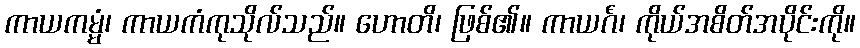
ကာယကမ္မံ၊ ကာယကံကုသိုလ်သည်။ ဟောတိ၊ ဖြစ်၏။ ကာယင်္ဂံ၊ ကိုယ်အစိတ်အပိုင်းကို။